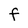
Character: F